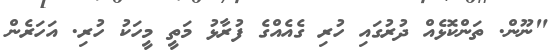
"ނޫން. ތަންކޮޅެއް ދުރުގައި ހުރި ގެއެއްގެ ފުރާޅު މަތީ މީހަކު ހުރި. އަހަރެން